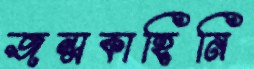
জন্মকাহিনি